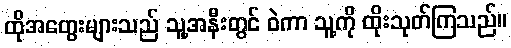
ထိုအတွေးများသည် သူ့အနီးတွင် ဝဲကာ သူ့ကို ထိုးသုတ်ကြသည်။